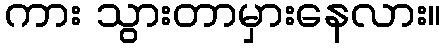
ကား သွားတာမှားနေလား။